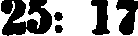
25: 17